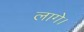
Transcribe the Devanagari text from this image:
लागे।